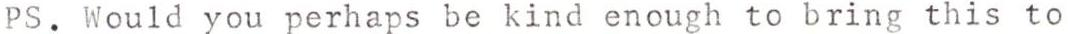
PS. Would you perhaps be kind enough to bring this to